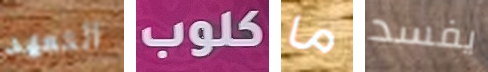
التعهد كلوب ما يفسد